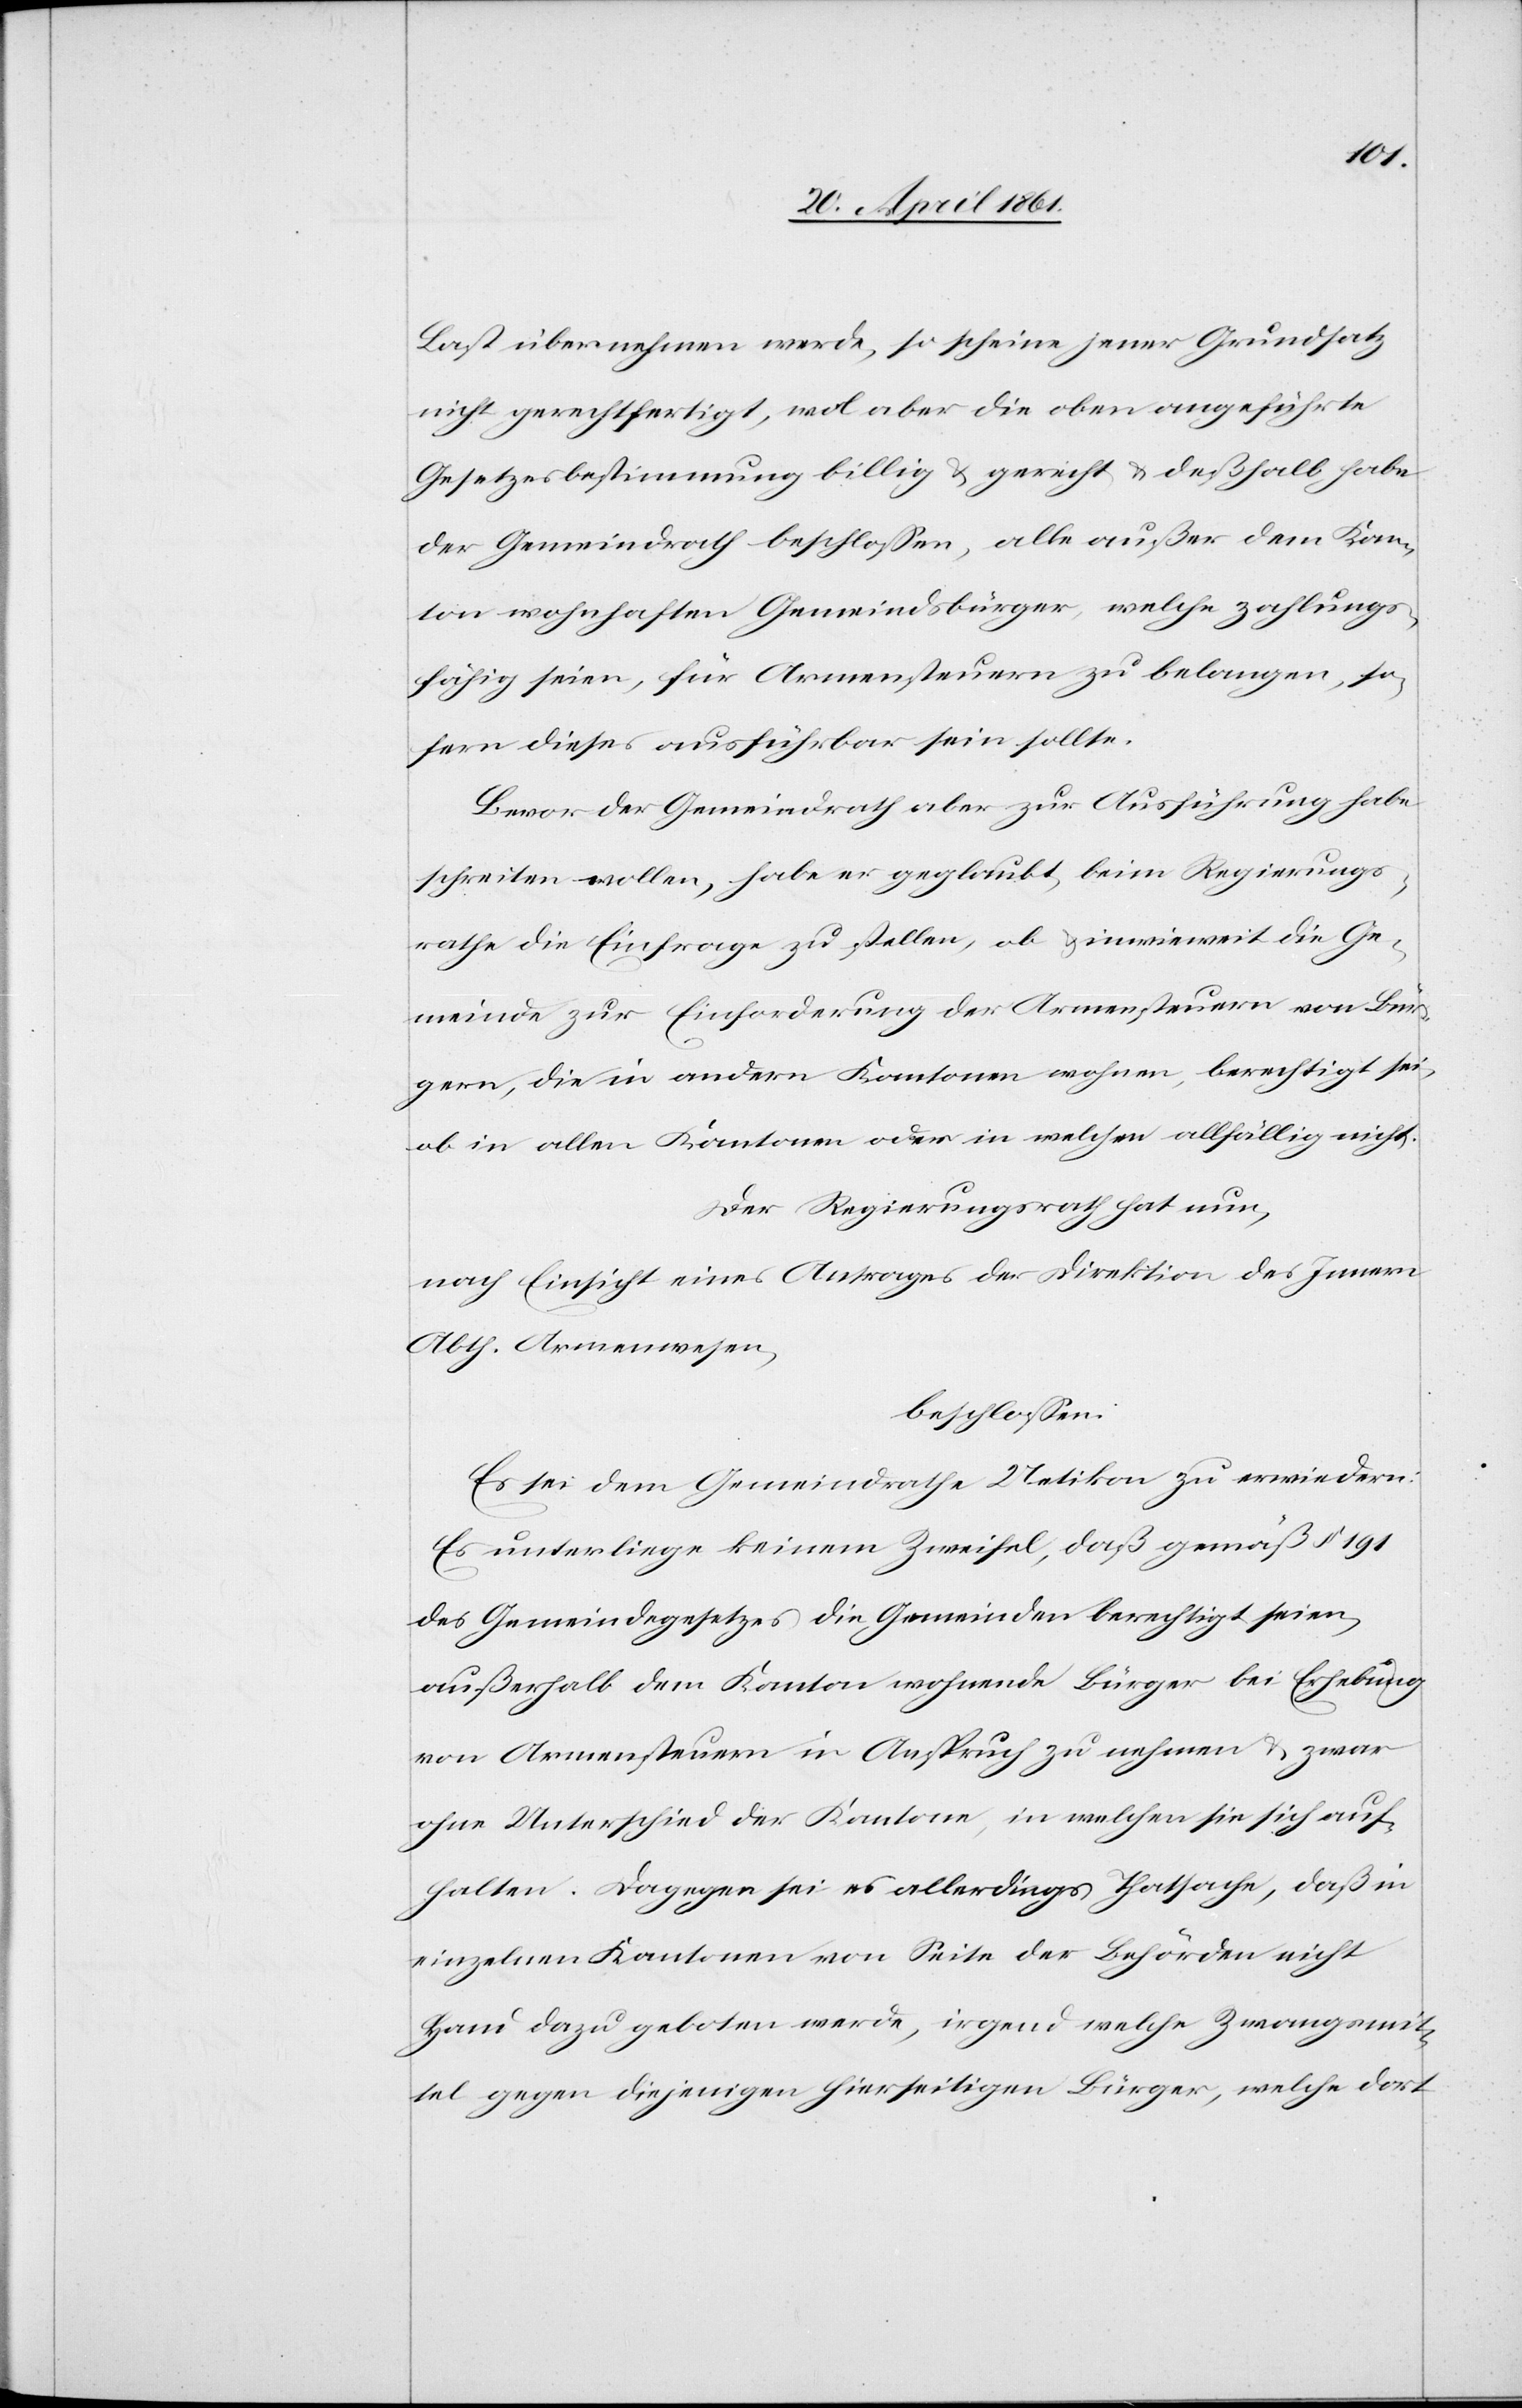
Last übernehmen werde, so scheine jener Grundsatz
nicht gerechtfertigt, wol aber die oben angeführte
Gesetzesbestimmung billig u. gerecht u. deßhalb habe
der Gemeindrath beschlossen, alle außer dem Kan¬
ton wohnhaften Gemeindsbürger, welche zahlungs¬
fähig seien, für Armensteuern zu belangen, so¬
fern dieses ausführbar sein sollte.
Bevor der Gemeindrath aber zur Ausführung habe
schreiten wollen habe er geglaubt, beim Regierungs¬
rathe die Einfrage zu stellen, ob u. inwieweit die Ge¬
meinde zur Einforderung der Armensteuern von Bür¬
gern, die in andern Kantonen wohnen, berechtigt sei,
ob in allen Kantonen oder in welchen allfällig nicht.
Der Regierungsrath hat nun,
nach Einsicht eines Antrages der Direktion des Innern
Abth. Armenwesen,
beschlossen.
Es sei dem Gemeindrathe Uetikon zu erwiedern:
Es unterliege keinem Zweifel, daß gemäß § 191
des Gemeindegesetzes die Gemeinden berechtigt seien,
außerhalb dem Kanton wohnende Bürger bei Erhebung
von Armensteuern in Anspruch zu nehmen u. zwar
ohne Unterschied der Kantone, in welchen sie sich auf¬
halten. Dagegen sei es allerdings Thatsache, daß in
einzelnen Kantonen von Seite der Behörden nicht
Hand dazu geboten werde, irgend welche Zwangsmit¬
tel gegen diejenigen hierseitigen Bürger, welche dort